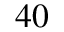
4 0